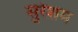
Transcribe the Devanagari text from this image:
सुरेशम